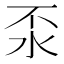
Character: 𣲮